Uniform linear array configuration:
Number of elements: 24
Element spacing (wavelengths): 0.5
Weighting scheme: cosine
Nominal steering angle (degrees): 45
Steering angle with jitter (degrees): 43.874
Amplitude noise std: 0.05
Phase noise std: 0.05

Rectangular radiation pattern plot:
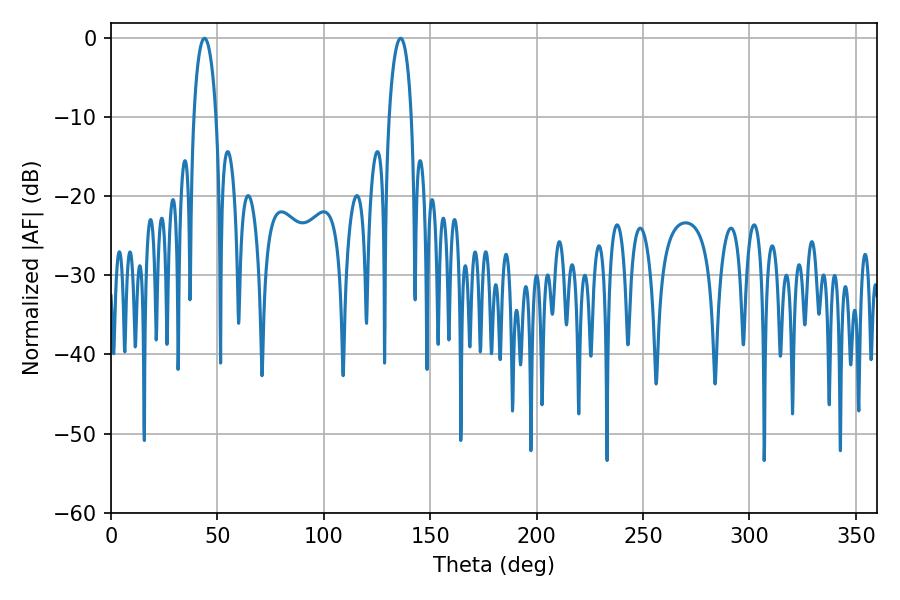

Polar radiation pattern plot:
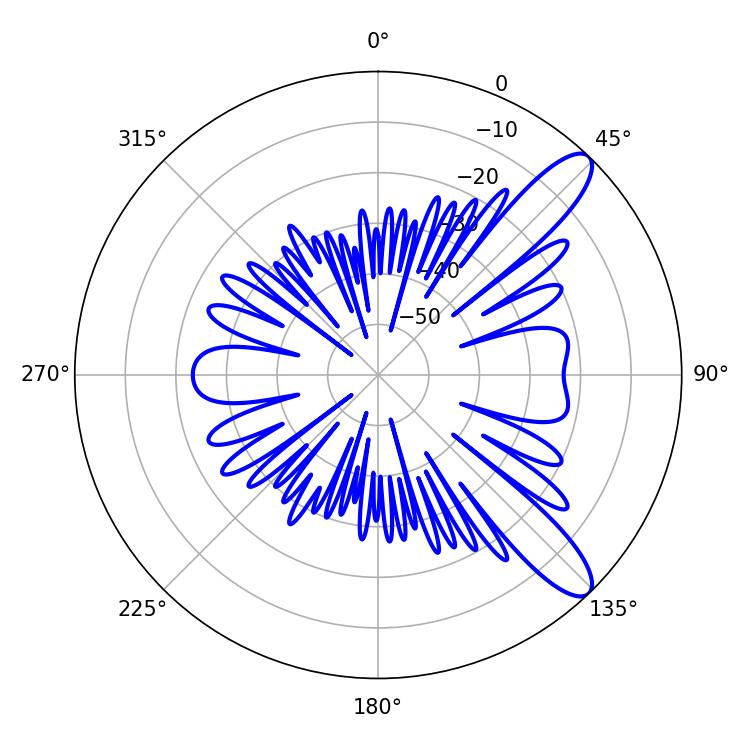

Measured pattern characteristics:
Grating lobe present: FALSE
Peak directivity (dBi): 10.943
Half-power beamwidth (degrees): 5.94
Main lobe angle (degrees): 43.92